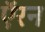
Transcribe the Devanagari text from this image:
ऍरन